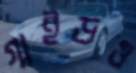
গাইডও